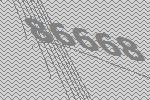
86668